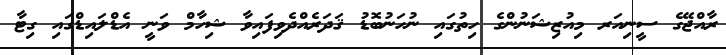
ރާއްޖޭގެ ސީނިއަރ މިއުޒިޝަނުންގެ ހިތުގައި ނުހަނުބޮޑު ޤަދަރެއްދެވިފައިވާ ޝިހާމް ވަނީ އެޑްލައިޑްގައި ގިޓާ